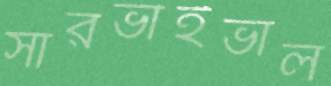
সারভাইভাল